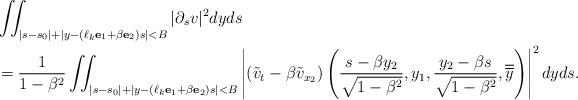
LaTeX: \begin{align*}& \iint_{|s-s_0|+ |y-(\ell_k \mathbf{e}_1 + \beta \mathbf{e}_2)s|<B} |\partial_s v|^2 dyds\\& =\frac1{ 1-\beta^2}\iint_{|s-s_0|+ |y-(\ell_k \mathbf{e}_1 + \beta \mathbf{e}_2)s|<B}\left| \left( \tilde v_t - \beta \tilde v_{x_2}\right)\left(\frac{s-\beta y_2}{\sqrt{1-\beta^2}},y_1,\frac{y_2-\beta s}{\sqrt{1-\beta^2}},\overline{\overline y}\right)\right|^2 dyds.\end{align*}